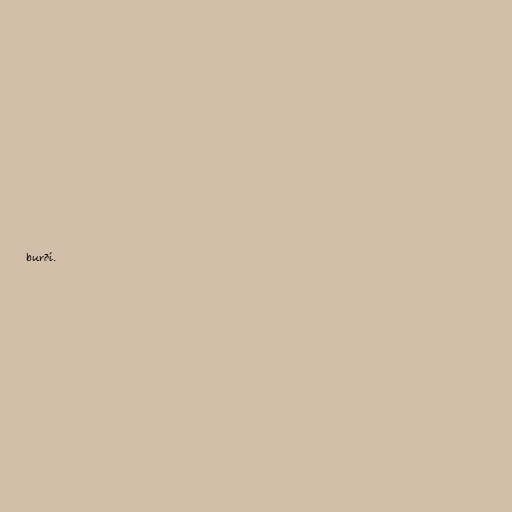
burði.